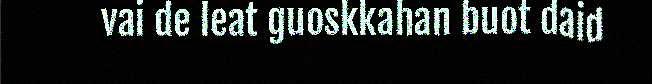
vai de leat guoskkahan buot daid